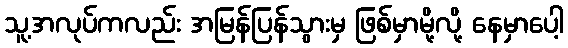
သူ့အလုပ်ကလည်း အမြန်ပြန်သွားမှ ဖြစ်မှာမို့လို့ နေမှာပေါ့